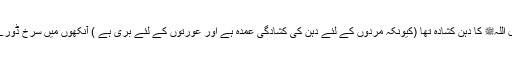
1562: سیدنا جابر بن سمرہؓ کہتے ہیں کہ رسول اللہﷺ کا دہن کشادہ تھا (کیونکہ مردوں کے لئے دہن کی کشادگی عمدہ ہے اور عورتوں کے لئے بری ہے ) آنکھوں میں سرخ ڈورے چھوٹے ہوئے اور ایڑیاں کم گوشت والی تھیں۔